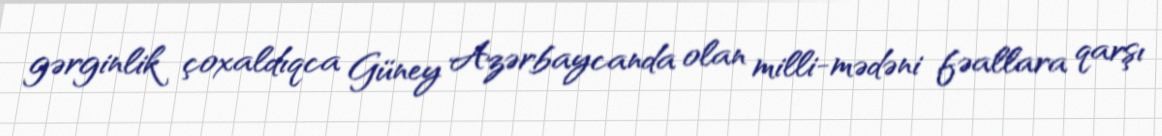
gərginlik çoxaldıqca Güney Azərbaycanda olan milli-mədəni fəallara qarşı